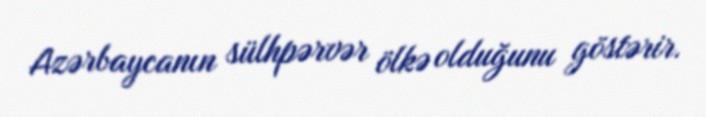
Azərbaycanın sülhpərvər ölkə olduğunu göstərir.